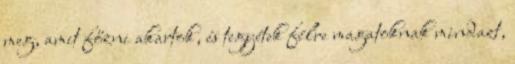
meg, amit főzni akartok, és tegyétek félre magatoknak mindazt,